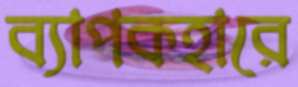
ব্যাপকহারে